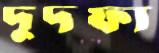
দুদফা